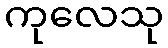
ကုလေသု